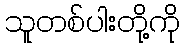
သူတစ်ပါးတို့ကို